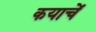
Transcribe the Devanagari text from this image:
कयाचें